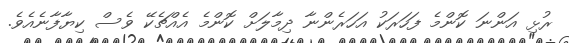
ރުޅި އަންނަ ކޮންމެ ފަހަރަކު އަހަރެންނާ ދިމާލަށް ކޮންމެ އެއްޗެކޭ ވެސް ކިޔާފާނެއެވެ.